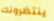
ينتظرونك